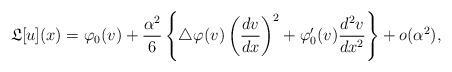
LaTeX: \begin{align*} \mathfrak{L}[u](x) = \varphi_{0}(v) + \frac{\alpha^{2}}{6}\left\{ \bigtriangleup\varphi(v)\left( \frac{dv}{dx} \right)^{2} + \varphi_{0}'(v)\frac{d^{2}v}{dx^{2}} \right\} + o(\alpha^{2}), \end{align*}